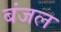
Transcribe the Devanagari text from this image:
बंजल